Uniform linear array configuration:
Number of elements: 8
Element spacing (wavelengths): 1
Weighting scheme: cosine
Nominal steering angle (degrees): -45
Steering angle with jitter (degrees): -46.667
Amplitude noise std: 0.05
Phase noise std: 0.05

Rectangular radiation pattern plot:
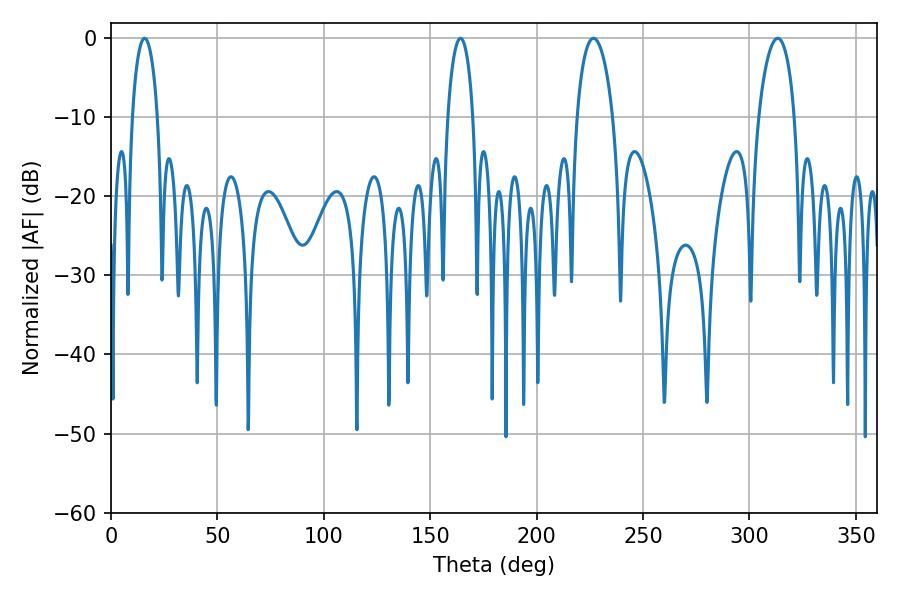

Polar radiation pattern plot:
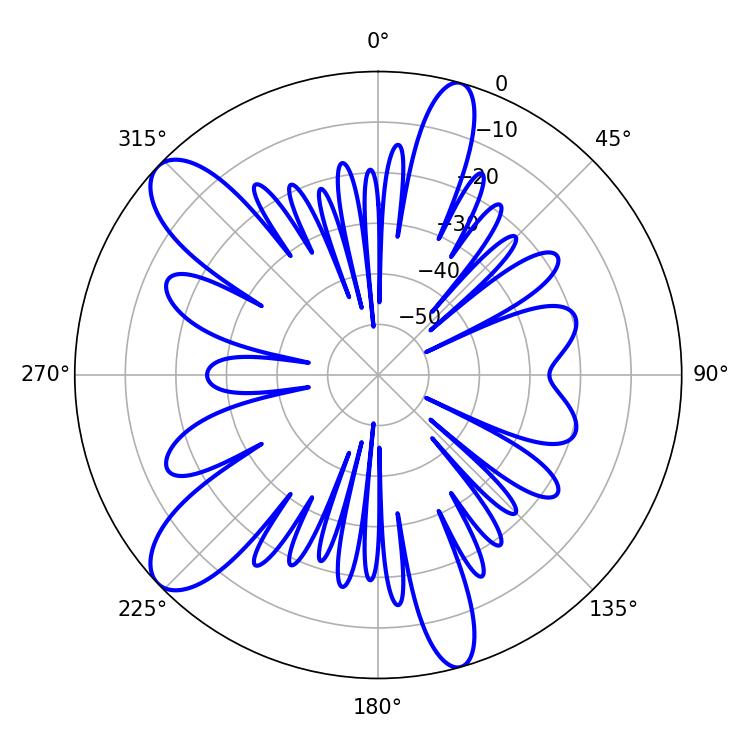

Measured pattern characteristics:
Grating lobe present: TRUE
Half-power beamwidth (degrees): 6.84
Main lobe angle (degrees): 15.84